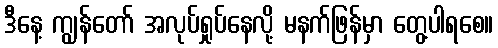
ဒီနေ့ ကျွန်တော် အလုပ်ရှုပ်နေလို့ မနက်ဖြန်မှာ တွေ့ပါရစေ။